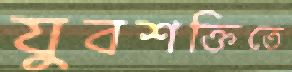
যুবশক্তিতে